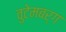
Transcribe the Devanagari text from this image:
वुटेमबर्ग